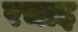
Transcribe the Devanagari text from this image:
रचाइ